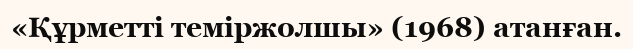
«Құрметті теміржолшы» (1968) атанған.